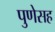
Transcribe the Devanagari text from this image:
पुणेसह